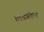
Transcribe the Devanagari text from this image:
लिचफ़ील्ड